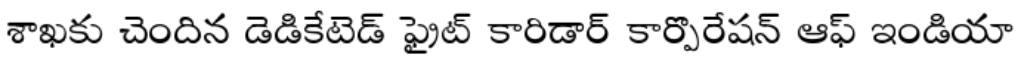
శాఖకు చెందిన డెడికేటెడ్ ఫ్రైట్ కారిడార్ కార్పొరేషన్ ఆఫ్ ఇండియా